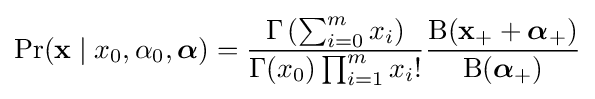
\Pr(\mathbf {x} \mid x_{0},\alpha _{0},{\boldsymbol {\alpha }})={\frac {\Gamma \left(\sum _{i=0}^{m}{x_{i}}\right)}{\Gamma (x_{0})\prod _{i=1}^{m}x_{i}!}}{\frac {{\mathrm {B} }(\mathbf {x_{+}} +{\boldsymbol {\alpha }}_{+})}{\mathrm {B} ({\boldsymbol {\alpha }}_{+})}}